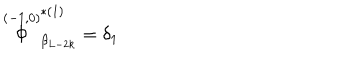
\stackrel { ( - 1 , 0 ) } { \Phi } _ { \beta _ { L - 2 k } } ^ { * ( 1 ) } = \delta _ { 1 }